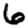
Digit: 6